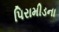
પિરામીડના